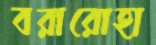
বরারোহা